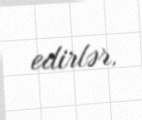
edirlər.